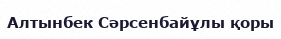
Алтынбек Сәрсенбайұлы қоры